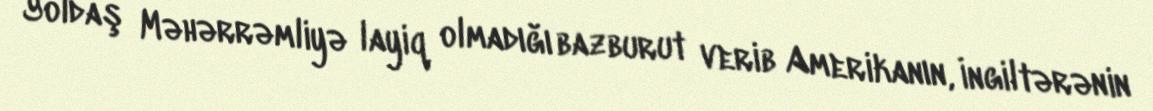
Yoldaş Məhərrəmliyə layiq olmadığı bazburut verib Amerikanın, İngiltərənin